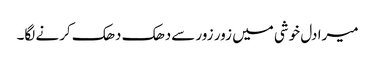
میرا دل خوشی میں زور زور سےدھک دھک کرنے لگا۔